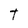
Character: T